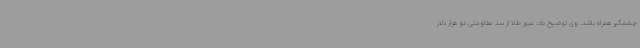
چشمگیر همراه باشد. وی توضیح داد: عبور طلا از سد مقاومتی دو هزار دلار